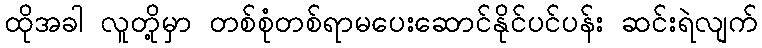
ထိုအခါ လူတို့မှာ တစ်စုံတစ်ရာမပေးဆောင်နိုင်ပင်ပန်း ဆင်းရဲလျက်